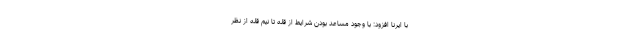
با ایرنا افزود: با وجود مساعد بودن شرایط از قله تا نیم قله از نظر